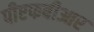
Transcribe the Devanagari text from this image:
पीएफबीआर